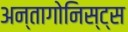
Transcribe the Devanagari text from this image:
अन्तागोनिस्ट्स